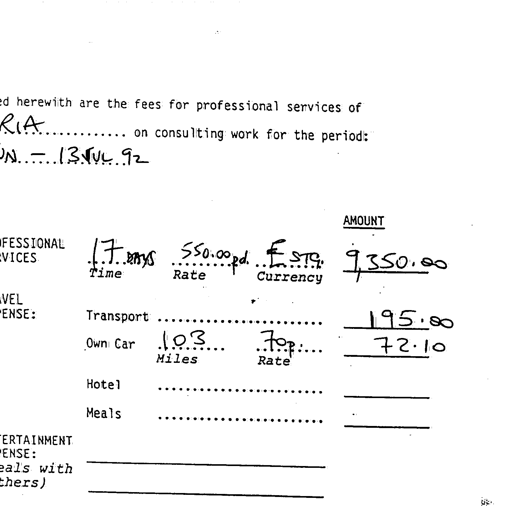
ed herewith are the fees for professional services of
RIA on consulting work for the period:
JUN - 13 JUL 92

AMOUNT
OFESSIONAL 17 days 550.00 pd. £ STG 9,350.00
VICES Time Rate Currency

VEL
ENSE: Transport 195.00
Own Car 103 Miles 70p Rate 72.10

Hotel
Meals

ERTAINMENT
ENSE:
eals with
thers)